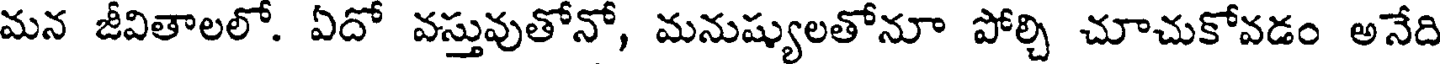
మన జీవితాలలో. ఏదో వస్తువుతోనో, మనుష్యులతోనూ పోల్చి చూచుకోవడం అనేది